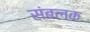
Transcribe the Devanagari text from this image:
संबलक